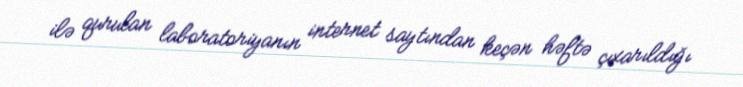
ilə qurulan laboratoriyanın internet saytından keçən həftə çıxarıldığı